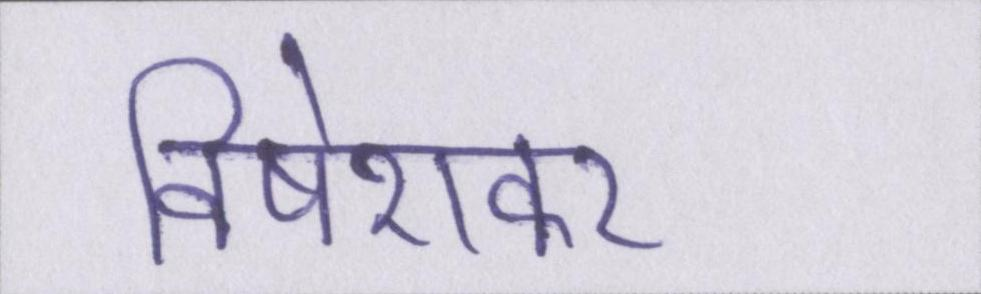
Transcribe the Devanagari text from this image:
विषेशकर